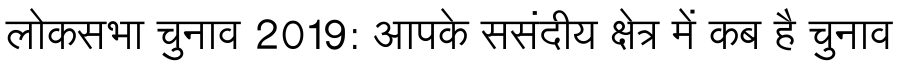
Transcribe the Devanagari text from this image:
लोकसभा चुनाव 2019: आपके ससंदीय क्षेत्र में कब है चुनाव